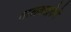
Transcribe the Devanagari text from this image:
तालबद्धतेने